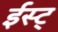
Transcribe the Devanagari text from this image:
ईस्ट्